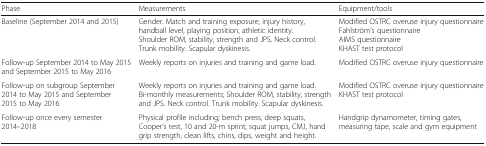
| Phase | Measurements | Equipment/tools |
 | --- | --- | --- |
 | Baseline (September 2014 and 2015) | Gender. Match and training exposure, injury history, handball level, playing position, athletic identity.Shoulder ROM, stability, strength and JPS. Neck control. Trunk mobility. Scapular dyskinesis. | Modified OSTRC overuse injury questionnaireFahlström’s questionnaireAIMS questionnaireKHAST test protocol |
 | Follow-up September 2014 to May 2015 and September 2015 to May 2016 | Weekly reports on injuries and training and game load. | Modified OSTRC overuse injury questionnaire |
 | Follow-up on subgroup September 2014 to May 2015 and September 2015 to May 2016 | Weekly reports on injuries and training and game load.Bi-monthly measurements; Shoulder ROM, stability, strength and JPS. Neck control. Trunk mobility. Scapular dyskinesis. | Modified OSTRC overuse injury questionnaireKHAST test protocol |
 | Follow-up once every semester 2014–2018 | Physical profile including; bench press, deep squats, Cooper’s test, 10 and 20-m sprint, squat jumps, CMJ, hand grip strength, clean lifts, chins, dips, weight and height. | Handgrip dynamometer, timing gates, measuring tape, scale and gym equipment |